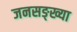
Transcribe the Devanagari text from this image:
जनसङ्ख्या